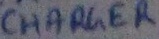
Text: Charger